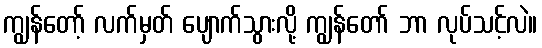
ကျွန်တော့် လက်မှတ် ပျောက်သွားလို့ ကျွန်တော် ဘာ လုပ်သင့်လဲ။